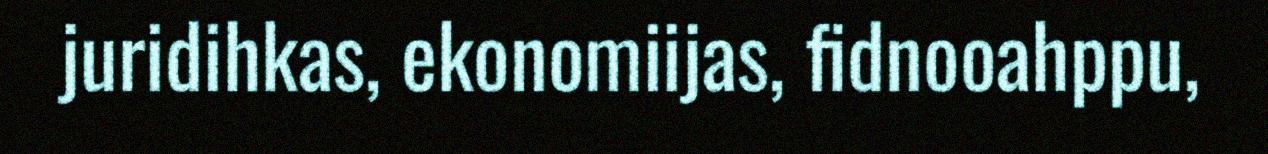
juridihkas, ekonomiijas, fidnooahppu,